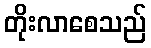
တိုးလာစေသည်